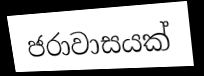
ජරාවාසයක්